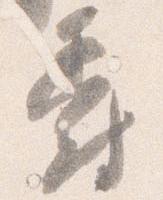
爵